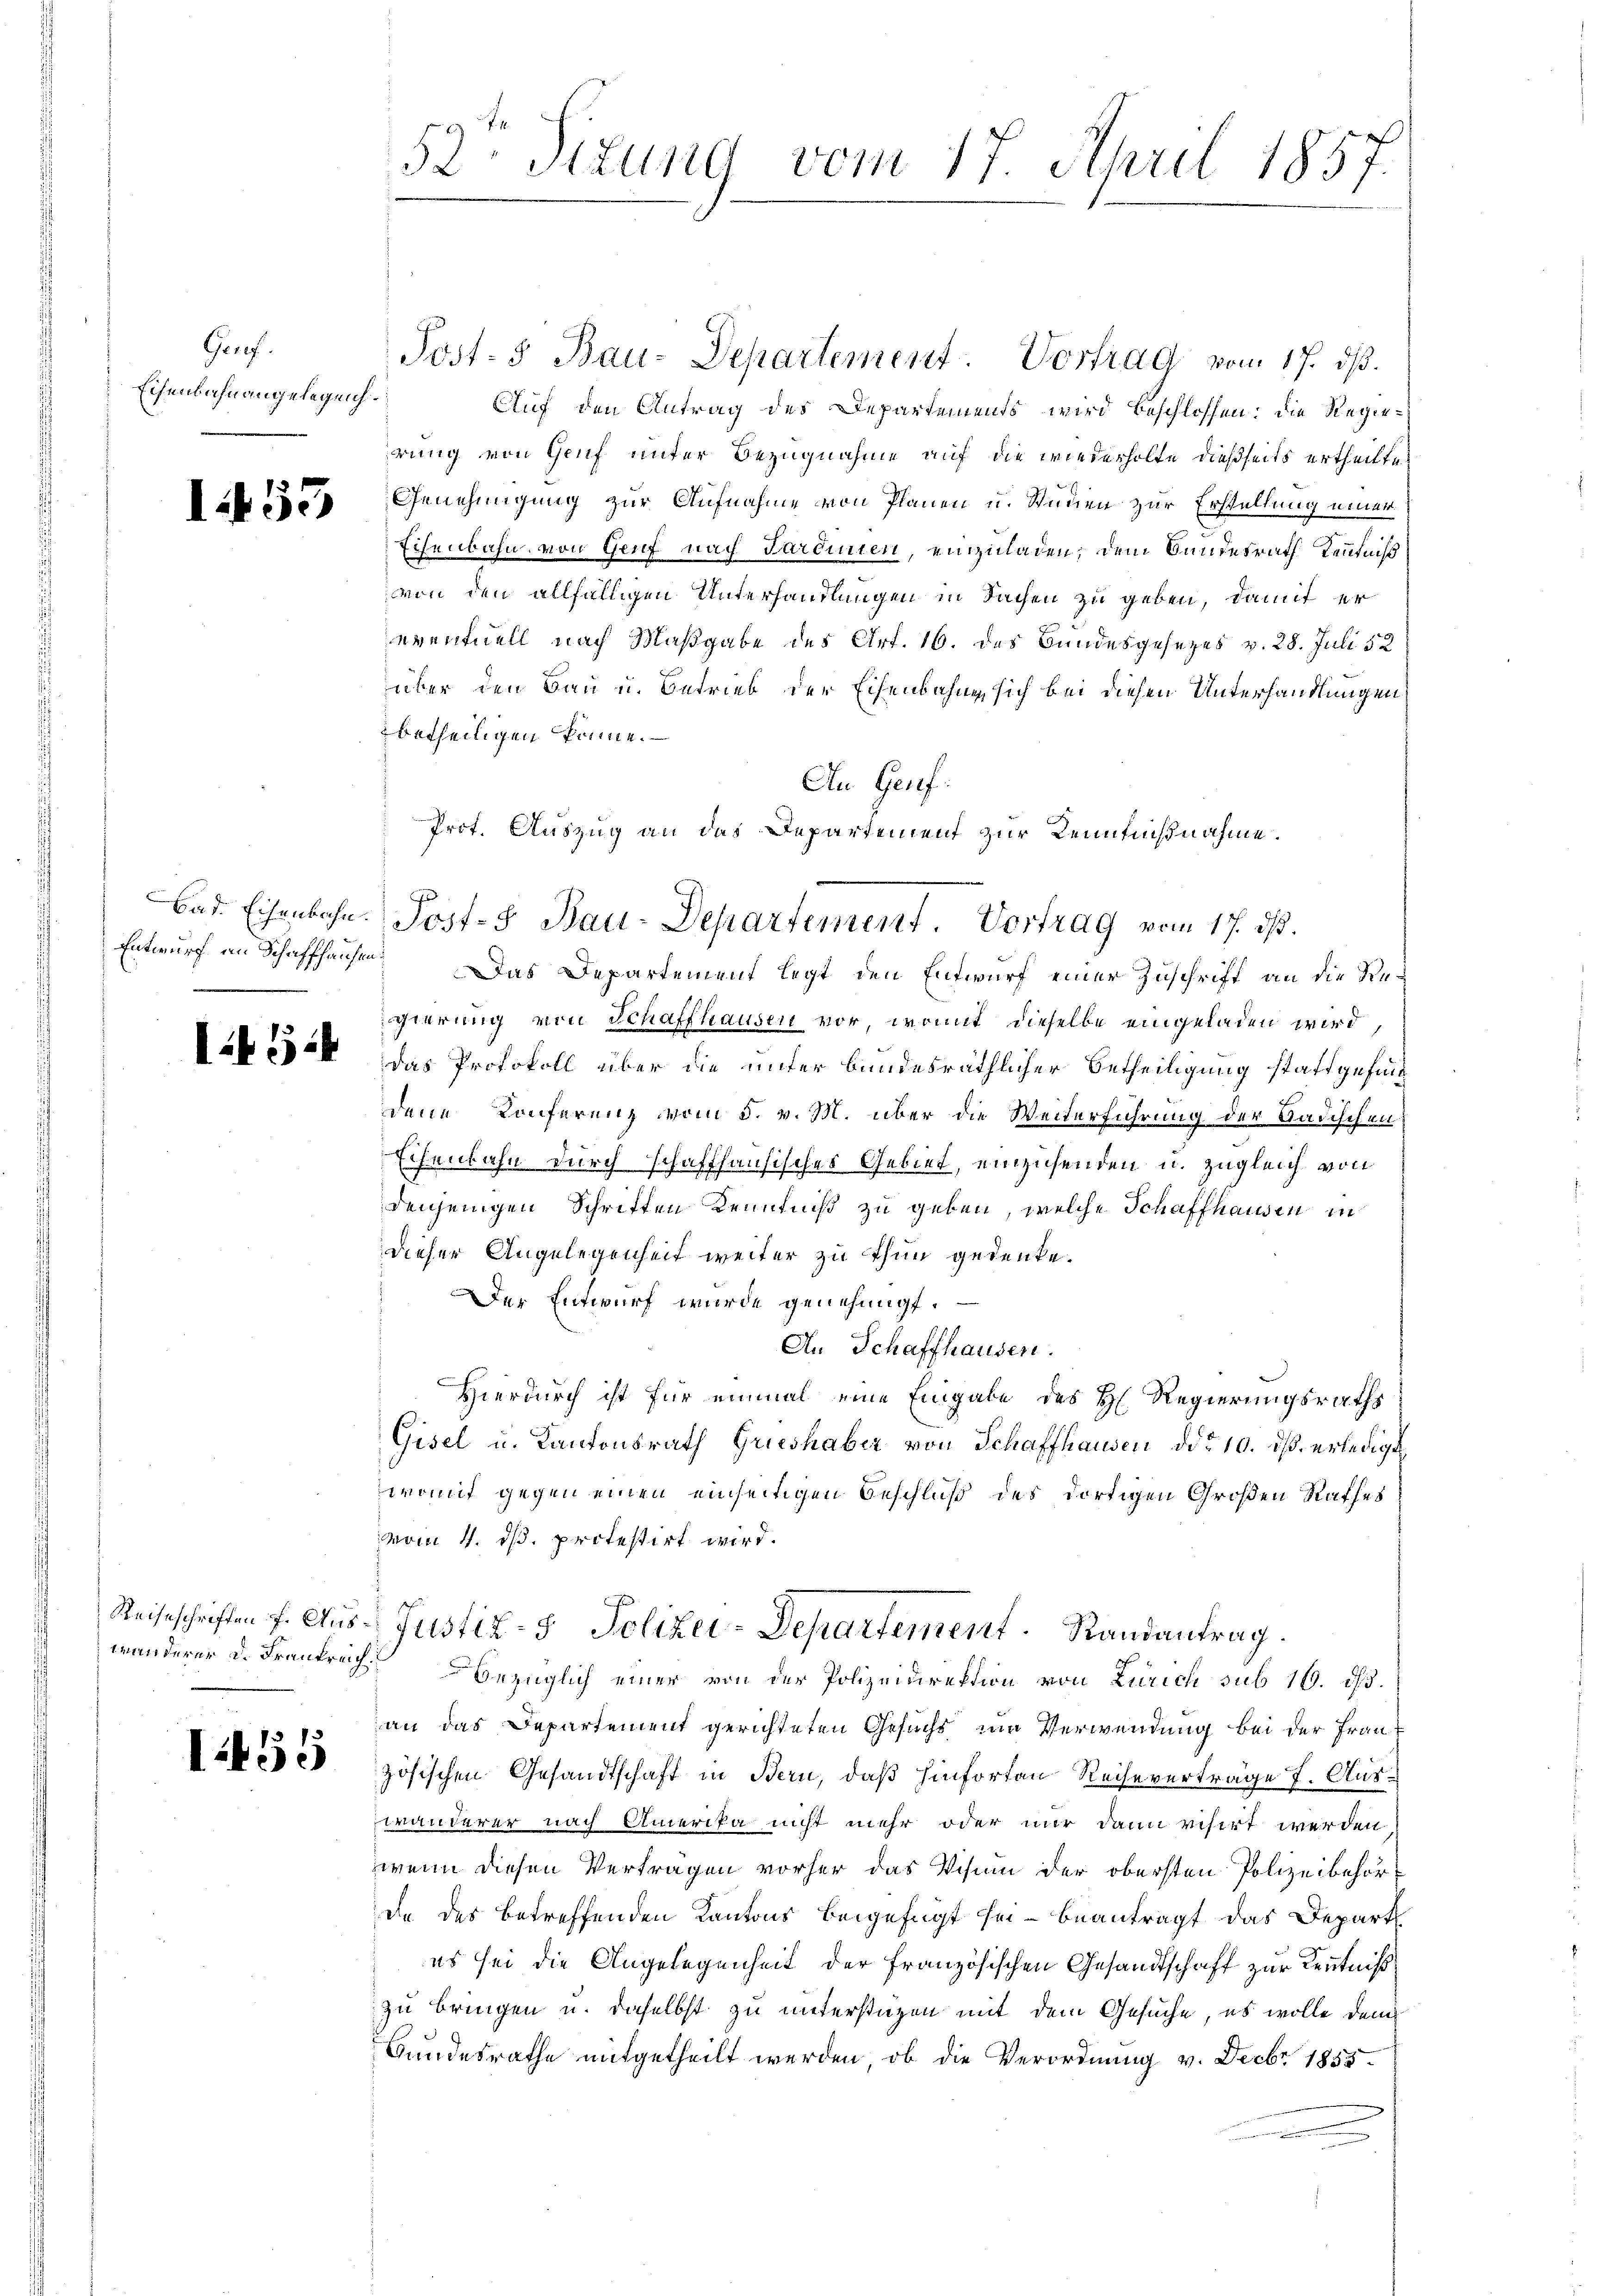
Grref
Eisenbahnangelegen.

1455

Entwurf an Schaffhausen

1454

wanderer u. Frankreich.

1455

52 Iitung vom 17. April 1857.

Post- & Bau-Departement. Vortrag vom 17. ds.
Auf den Antrag des Departements wird beschlossen: die Regierung von Genf unter Bezugnahme auf die wiederholte dießseits ertheilte
Genehmigung zur Aufnahme von Planen u. Stimmen zur Erstellung einer
Eisenbahn von Genf nach Sardinien, einzuladen, dem Bundesrath Kenntniß
von den allfälligen Unterhandlungen in Sachen zu geben, damit er
eventuell nach Maßgabe des Art. 16. des Bundesgesezes v. 28. Juli 52
über den Bau u. Betrieb der Eisenbahne sich bei diesen Unterhandlungen
betheiligen könne.
An Genf.
Das Departement legt den Entwurf einer Zuschrift an die Regierung von Schaffhausen vor, womit dieselbe eingeladen wird,
das Protokoll über die unter bundesräthlicher Betheiligung stattgefundene Konferenz vom 5. v. M. über die Weiterführung der Badischen
Eisenbahn durch schaffhausisches Gebiet, einzusenden u. zugleich von
denjenigen Schriften Kenntniß zu geben, welche Schaffhausen in
dieser Angelegenheit weiter zu thun gedenke.
Der Entwurf wurde genehmigt.
An Schaffhausen.
Hierdurch ist für einmal eine Eingabe des H. Regierungsraths
Gisel u. Kantonsrath Grieshaber von Schaffhausen ddo 10. ds. erledigt
womit gegen einen einseitigen Beschluß des dortigen Großen Rathes
vom 4. ds. protestirt wird.
Reiseschriften f. Aus- Justiz- & Polizei-Departement. Randantrag.
bezüglich einer von der Polizeidirektion von Zürich sub 16. ds.
an das Departement gerichteten Gesucht im Verwendung bei der Frant
zösischen Gesandtschaft in Bern, daß hinforten Reiseverträge 7. Auszwänderer nach Amerika nicht mehr oder nur dann visirt werden
wenn diesen Vertragen vorher das Visum der obersten Polizeibehörda des betreffenden Kantons beigefügt sei beantragt das Depart
es sei die Angelegenheit der Französischen Gesandtschaft zur Kenntniß
zu bringen u. daselbst zu unterstüzen mit dem Gesuche, es wolle dem
Bundesrathe mitgetheilt werden, ob die Verordnung v. Decbr 1855.

Prot. Auszug an das Departement zur Kenntnißnahme.
Bad. Eisenbahn. Post- & Bau-Departement. Vortrag vom 17. ds.